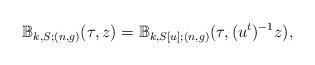
LaTeX: \begin{align*} \mathbb{B}_{k,S;(n,g)}(\tau,z) = \mathbb{B}_{k,S[u];(n,g)}(\tau, (u^t)^{-1} z),\end{align*}